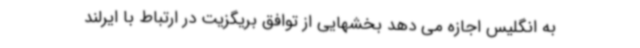
به انگلیس اجازه می دهد بخشهایی از توافق بریگزیت در ارتباط با ایرلند